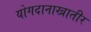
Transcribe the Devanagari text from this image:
योगदानाखातीर